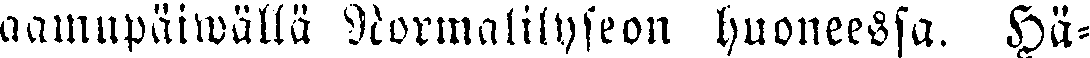
aamupäiwällä Normalilyseon huoneessa. Hä-